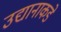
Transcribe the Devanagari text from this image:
उद्यानाकडे